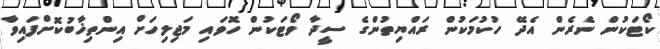
ކޯޓަކުން ނެރެން އެދޭ ހުކުމަކުން ރައްޔިތުންގެ ސީދާ ވޯޓަކުން ހޮވައި މަޖިލިހަށް އިންތިޚާބުކޮށްފައިވާ